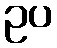
ဥပ